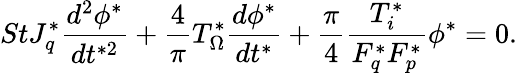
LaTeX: StJ_{q}^{*}\frac{d^{2}\phi^{*}}{dt^{*2}}+\frac{4}{\pi}T_{\Omega}^{*}\frac{d\phi^{*}}{dt^{*}}+\frac{\pi}{4}\frac{T_{i}^{*}}{F_{q}^{*}F_{p}^{*}}\phi^{*}=0.